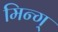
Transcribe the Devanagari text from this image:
मिन्ग्